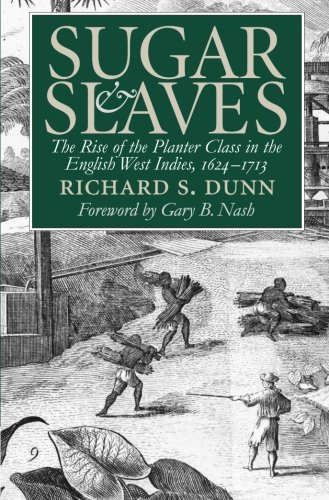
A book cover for Sugar and Slaves: The Rise of the Planter Class in the English West Indies, 1624-1713 (Published for the Omohundro Institute of Early American History and Culture, Williamsburg, Virginia); Richard S. Dunn; History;